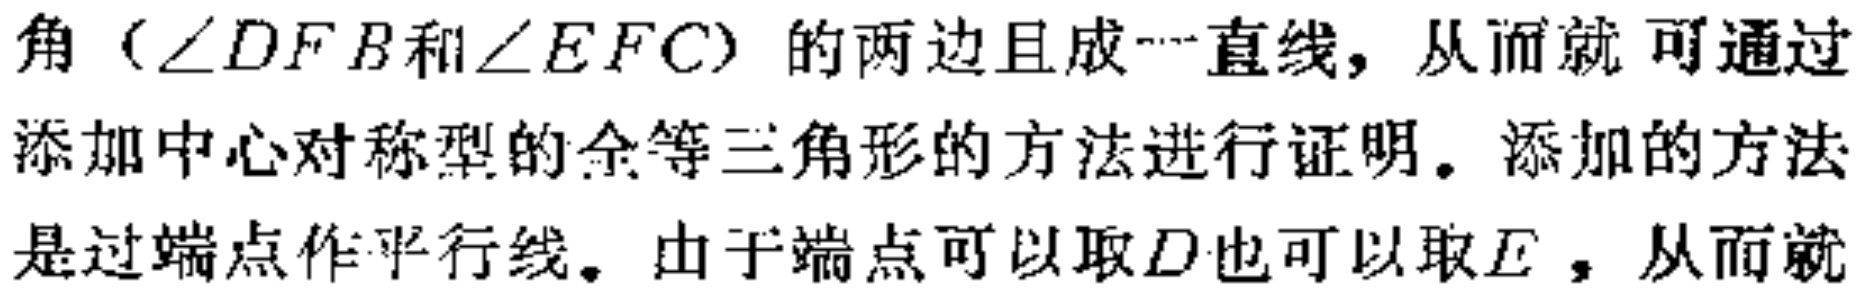
角（\(\angle DFB\)和\(\angle EFC\)）的两边且成一直线，从而就可通过添加中心对称型的全等三角形的方法进行证明。添加的方法是过端点作平行线。由于端点可以取\(D\)也可以取\(E\)，从而就